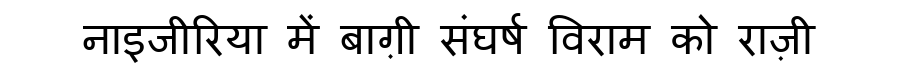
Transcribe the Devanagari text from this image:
नाइजीरिया में बाग़ी संघर्ष विराम को राज़ी